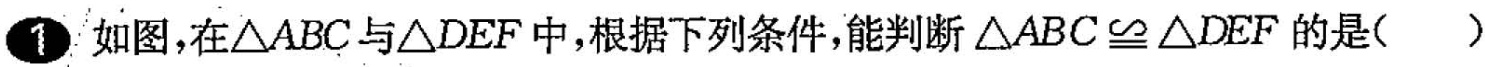
1如图，在△ABC与△DEF中，根据下列条件，能判断$$△ A B C ≌ △ D E F$$的是()。